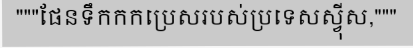
"""ផែនទឹកកកប្រេសរបស់ប្រទេសស្វ៊ីស,"""